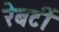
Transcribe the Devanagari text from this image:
रेबर्टी